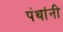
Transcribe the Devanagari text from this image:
पंथांनी